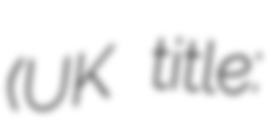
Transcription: (UK title: